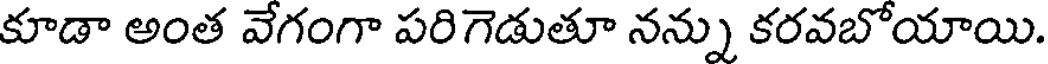
కూడా అంత వేగంగా పరిగెడుతూ నన్ను కరవబోయాయి.